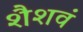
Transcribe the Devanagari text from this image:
शैशवं